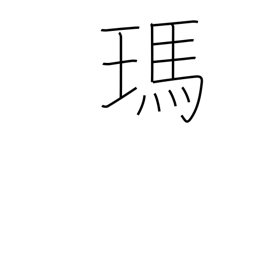
Meaning: agate